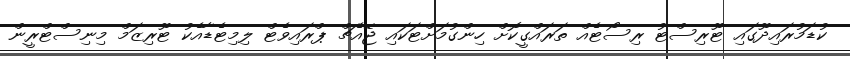
ކުޑަމުރައިދޫގައި ޓޫރިސްޓު ރިސޯޓެއް ތަރައްގީކޮށް ހިންގުމަށްޓަކައި ޖޭއެޗް ޕްރައިވެޓް ލިމިޓެޑާއެކު ޓޫރިޒަމް މިނިސްޓްރީން